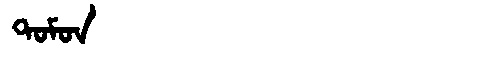
Manchu: ᡨᠣᠮᠣᠨ
Romanization: TOMON